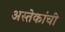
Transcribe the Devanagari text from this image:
अस्तेकांची